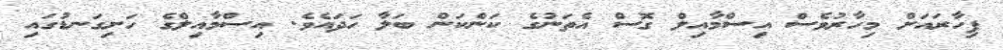
ފިހާރައަށް މިހާރުވެސް އިސްމާއިލް ގޮސް އެތަނުގެ ކަންކަން ބަލާ ހަދައެވެ. އިސްމާއިލްގެ ހަށިގަނޑުގައި